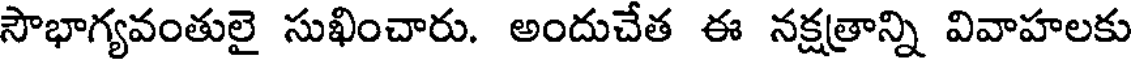
సౌభాగ్యవంతులై సుఖించారు. అందుచేత ఈ నక్షత్రాన్ని వివాహలకు